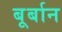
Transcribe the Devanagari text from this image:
बूर्बान